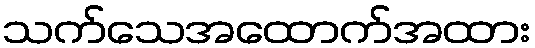
သက်သေအထောက်အထား